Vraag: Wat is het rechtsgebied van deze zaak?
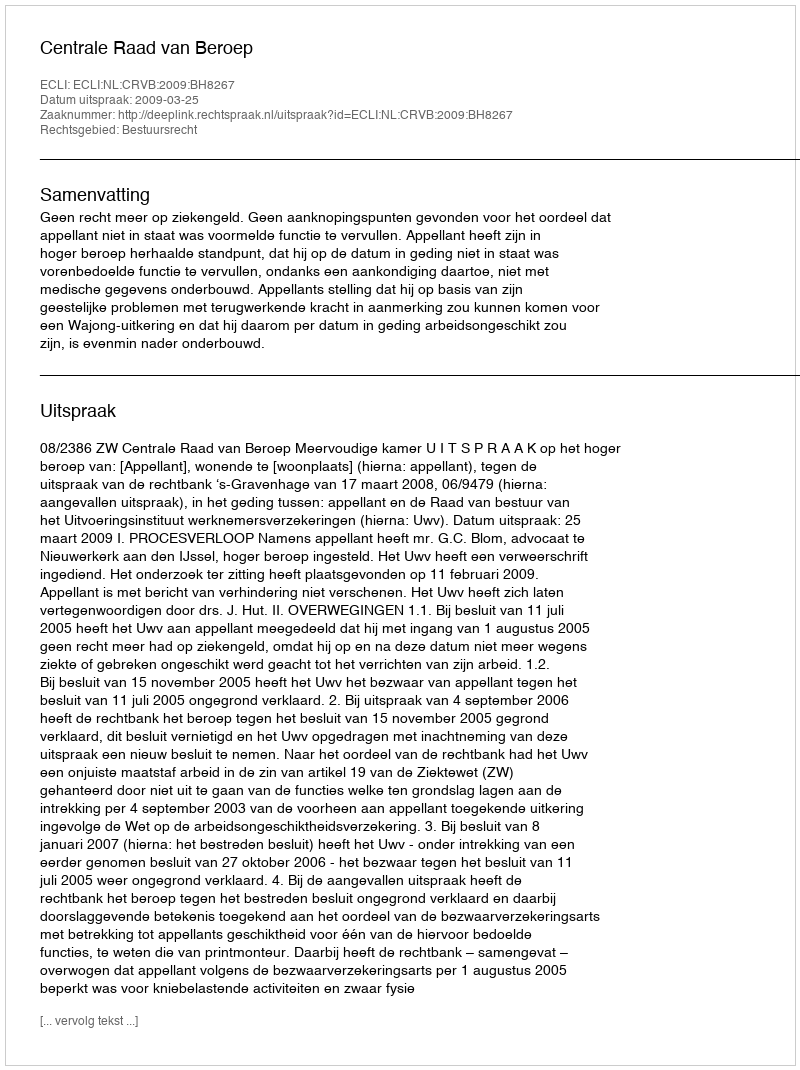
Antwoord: Bestuursrecht